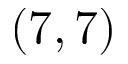
( 7 , 7 )